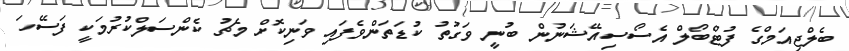
ބެލްޖިއަމްގެ ފުޓްބޯލް އެސޯސިއޭޝަނުން ބުނީ ވަގުތު ކުޑަތަންވެފައި ވަނިކޮށް މެޗު ކެންސަލްކުރުމަކީ ފަސޭހަ